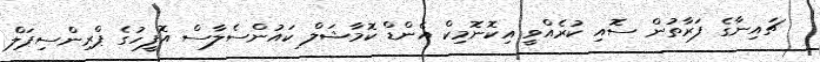
ޗައިނާގެ ފަރާތުން ސޮއި ކުރެއްވީ އިކޮނޮމިކް އެންޑް ކޮމާޝަލް ކައުންސެލާސް އޮފީހުގެ ޕްރިންސިޕަލް